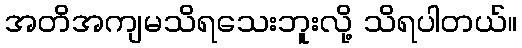
အတိအကျမသိရသေးဘူးလို့ သိရပါတယ်။